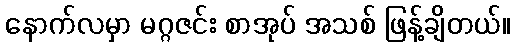
နောက်လမှာ မဂ္ဂဇင်း စာအုပ် အသစ် ဖြန့်ချိတယ်။